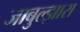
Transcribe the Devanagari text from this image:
जाबुल्झारा